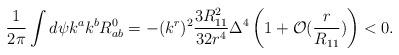
LaTeX: \begin{align*}\frac{1}{2\pi} \int d \psi k^a k^b R^0_{ab} =- (k^r)^2\frac{3 R_{11}^2}{32r^4} \Delta^4 \left(1 + {\cal O}(\frac{r}{R_{11}}) \right) < 0.\end{align*}